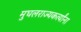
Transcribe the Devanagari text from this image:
मुघलराज्यकर्त्यांना